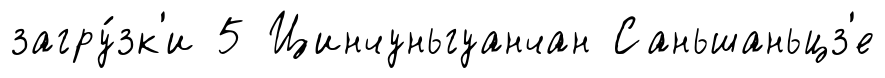
загру́зк'и 5 Цинчуньгуанчан Саньшаньцз'е